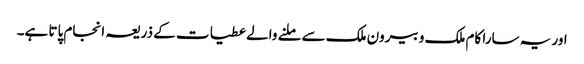
اور یہ سارا کام ملک و بیرون ملک سے ملنے والے عطیات کے ذریعہ انجام پاتا ہے۔